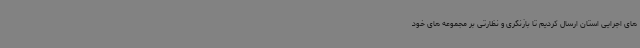
های اجرایی استان ارسال کردیم تا بازنگری و نظارتی بر مجموعه های خود